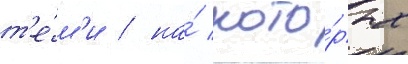
т'е́м'и / на́ кото́рых